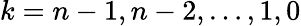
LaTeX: k=n-1,n-2,\ldots,1,0